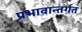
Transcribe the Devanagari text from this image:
प्रभावान्तर्गत